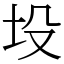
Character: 坄